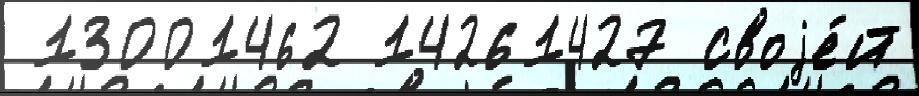
 13001462 14261427 своjе́й